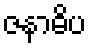
ဇနာဓိပ